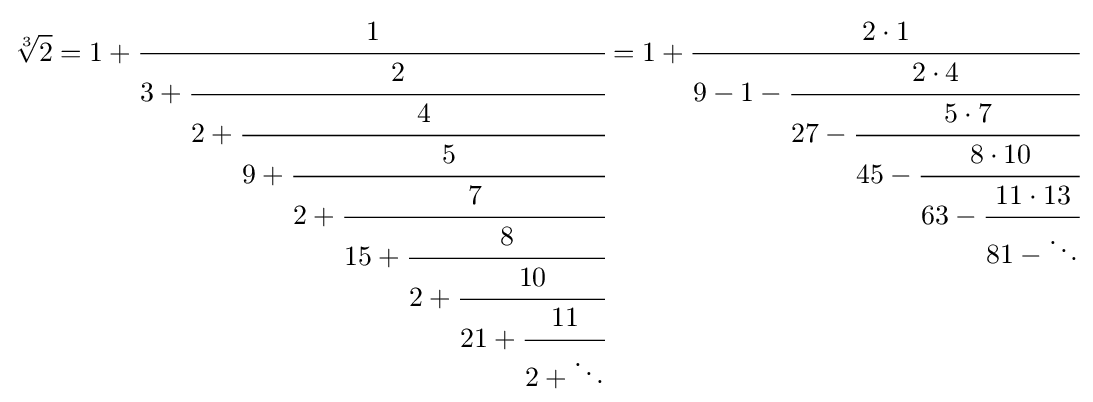
{\sqrt[{3}]{2}}=1+{\cfrac {1}{3+{\cfrac {2}{2+{\cfrac {4}{9+{\cfrac {5}{2+{\cfrac {7}{15+{\cfrac {8}{2+{\cfrac {10}{21+{\cfrac {11}{2+\ddots }}}}}}}}}}}}}}}}=1+{\cfrac {2\cdot 1}{9-1-{\cfrac {2\cdot 4}{27-{\cfrac {5\cdot 7}{45-{\cfrac {8\cdot 10}{63-{\cfrac {11\cdot 13}{81-\ddots }}}}}}}}}}